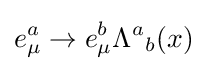
e_{\mu }^{a}\rightarrow e_{\mu }^{b}\Lambda ^{a}{}_{b}(x)